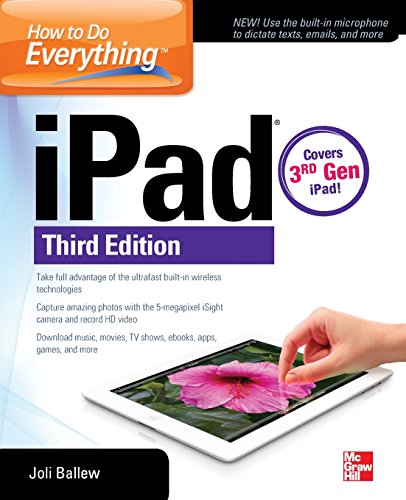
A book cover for How to Do Everything: iPad, 3rd Edition: covers 3rd Gen iPad; Joli Ballew; Computers & Technology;